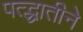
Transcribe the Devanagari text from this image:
पत्द्धातीने